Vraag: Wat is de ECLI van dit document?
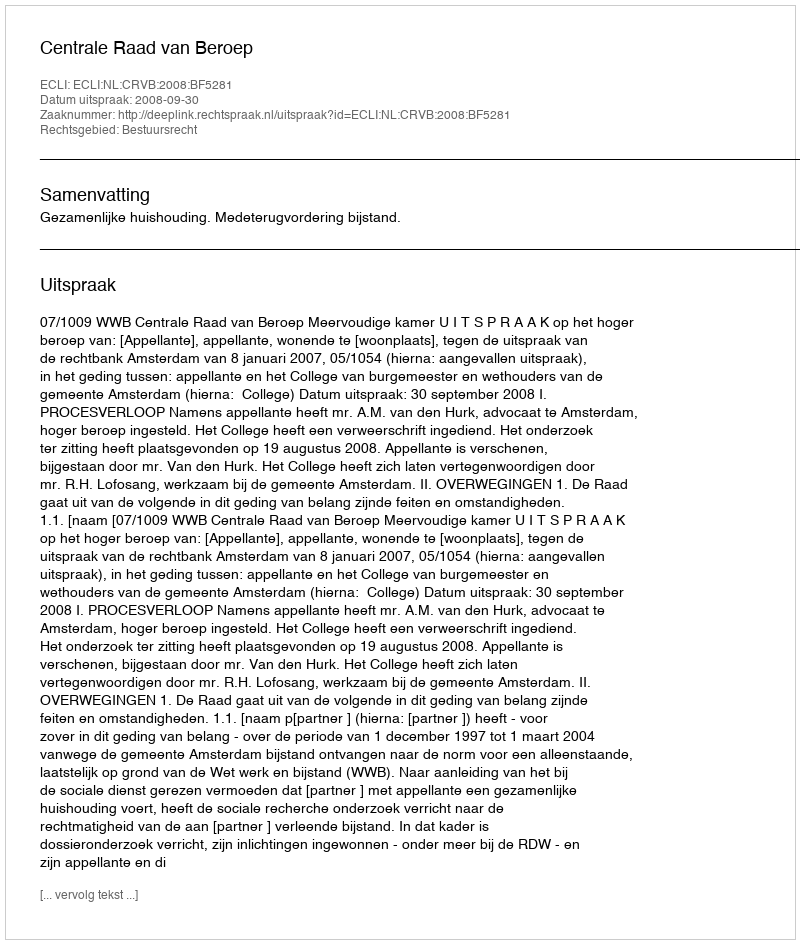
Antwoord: ECLI:NL:CRVB:2008:BF5281